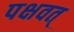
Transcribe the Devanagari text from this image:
पक्षवत्